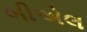
બીએલ